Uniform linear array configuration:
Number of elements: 16
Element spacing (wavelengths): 0.25
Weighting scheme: hamming
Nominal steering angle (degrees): -45
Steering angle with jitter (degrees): -43.873
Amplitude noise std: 0.05
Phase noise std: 0.05

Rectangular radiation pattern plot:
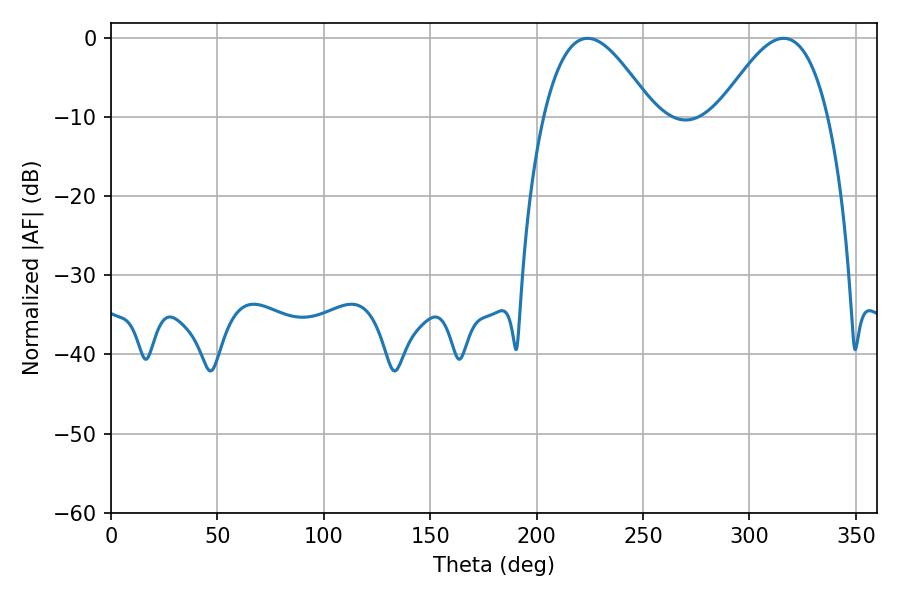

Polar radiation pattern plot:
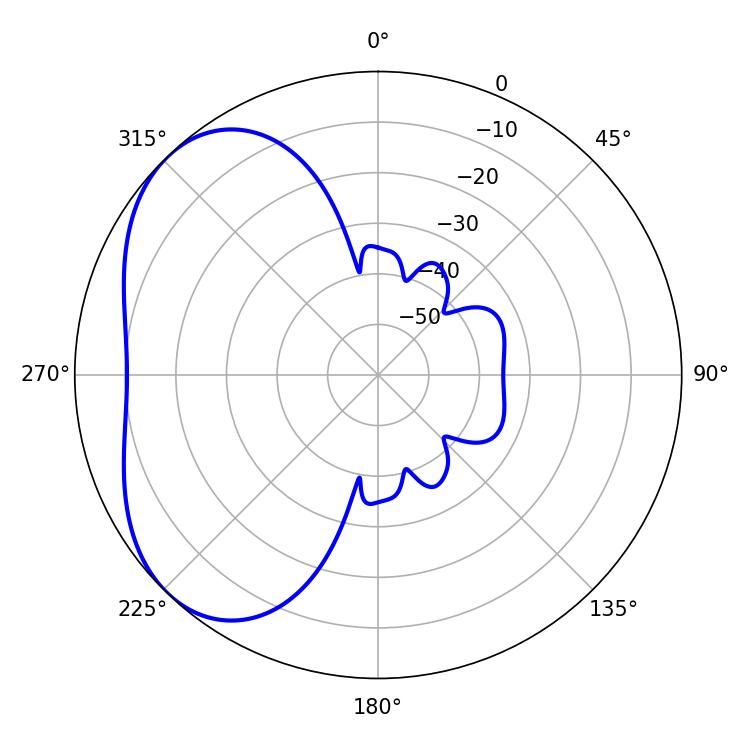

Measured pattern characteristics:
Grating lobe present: FALSE
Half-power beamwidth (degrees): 27.9
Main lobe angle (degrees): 223.92